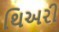
થિઅરી